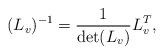
LaTeX: \begin{align*}(L_v)^{-1} = \frac{1}{\det(L_v)} L_v^T,\end{align*}